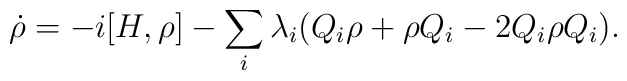
\dot{\rho} =  - i [H, \rho] -  \sum_{i}^{ } \lambda_{i} (Q_{i} \rho  +\rho Q_{i} - 2 Q_{i} \rho Q_{i}).